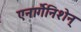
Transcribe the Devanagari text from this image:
एनार्गैनिशेन्